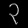
Digit: ၃